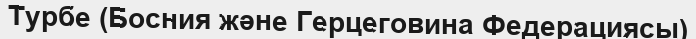
Турбе (Босния және Герцеговина Федерациясы)